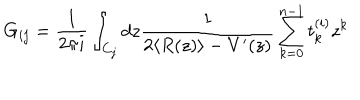
G _ { i j } = \frac { 1 } { 2 \pi i } \int _ { C _ { j } } d z \frac { 1 } { 2 \langle R ( z ) \rangle - V ^ { \prime } ( z ) } \sum _ { k = 0 } ^ { n - 1 } t _ { k } ^ { ( i ) } z ^ { k }